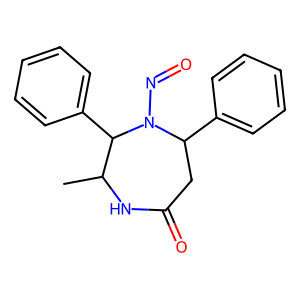
SMILES: CC1NC(=O)CC(c2ccccc2)N(N=O)C1c1ccccc1
Inhibits HIV replication: No